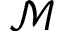
\mathcal { M }